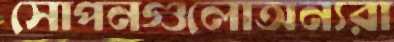
সোপনগুলোঅন্যরা